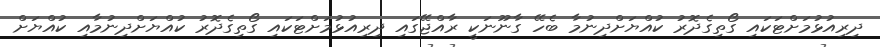
ދިރިއުޅުމަށްޓަކައި ގޯތިގެދޮރު ކުއްޔަށްދިނުމާ ބެހޭ ގާނޫނަކީ ރާއްޖޭގައި ދިރިއުޅުމަށްޓަކައި ގޯތިގެދޮރު ކުއްޔަށްދިނުމާއި ކުއްޔަށް